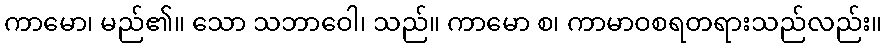
ကာမော၊ မည်၏။ သော သဘာဝေါ၊ သည်။ ကာမော စ၊ ကာမာဝစရတရားသည်လည်း။